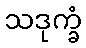
သဒုက္ခံ